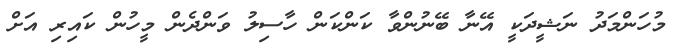
މުހަންމަދު ނަޝީދަކީ އޭނާ ބޭނުންވާ ކަންކަން ހާސިލު ވަންދެން މީހުން ކައިރި އަށް